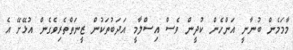
މާމަމެން ބުނާނީ އަންހެން ކުދީން ވެސް އިސްލާމީ އަދަބުތަކުން ޒީނަތްތެރިވެގެން އުޅޭށޭ އެ